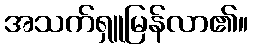
အသက်ရှူမြန်လာ၏။